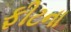
ફીટના